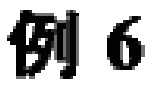
例 6